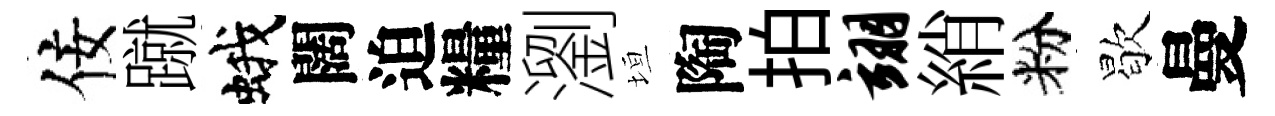
佞蹴蛾闊迫糧瀏垣陶拍翊綃粉歇曼